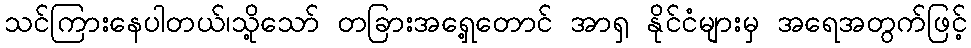
သင်ကြားနေပါတယ်၊သို့သော် တခြားအရှေ့တောင် အာရှ နိုင်ငံများမှ အရေအတွက်ဖြင့်